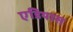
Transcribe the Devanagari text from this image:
एडियास